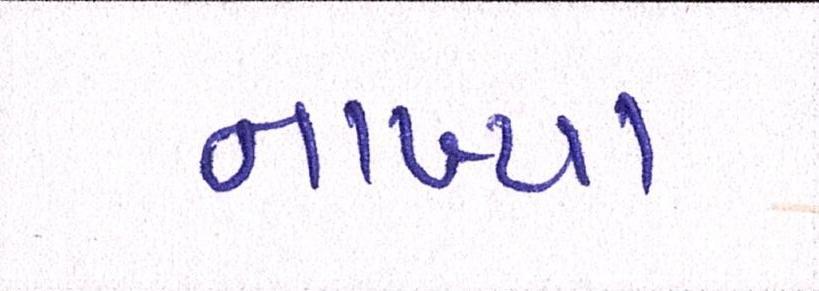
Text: નાખ્યા